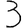
Digit: 3